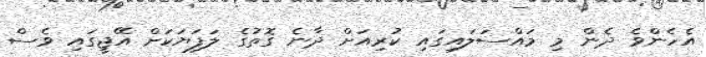
އެހެންވެ ދެން މި މައްސަލައިގައި ކުރިއަށް ދާނެ ގޮތުގެ ލަފަޔަކަށް އޭޖީގައި ވެސް